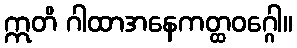
ဣတိ ဂါထာအနေကတ္ထဝဂ္ဂေါ။